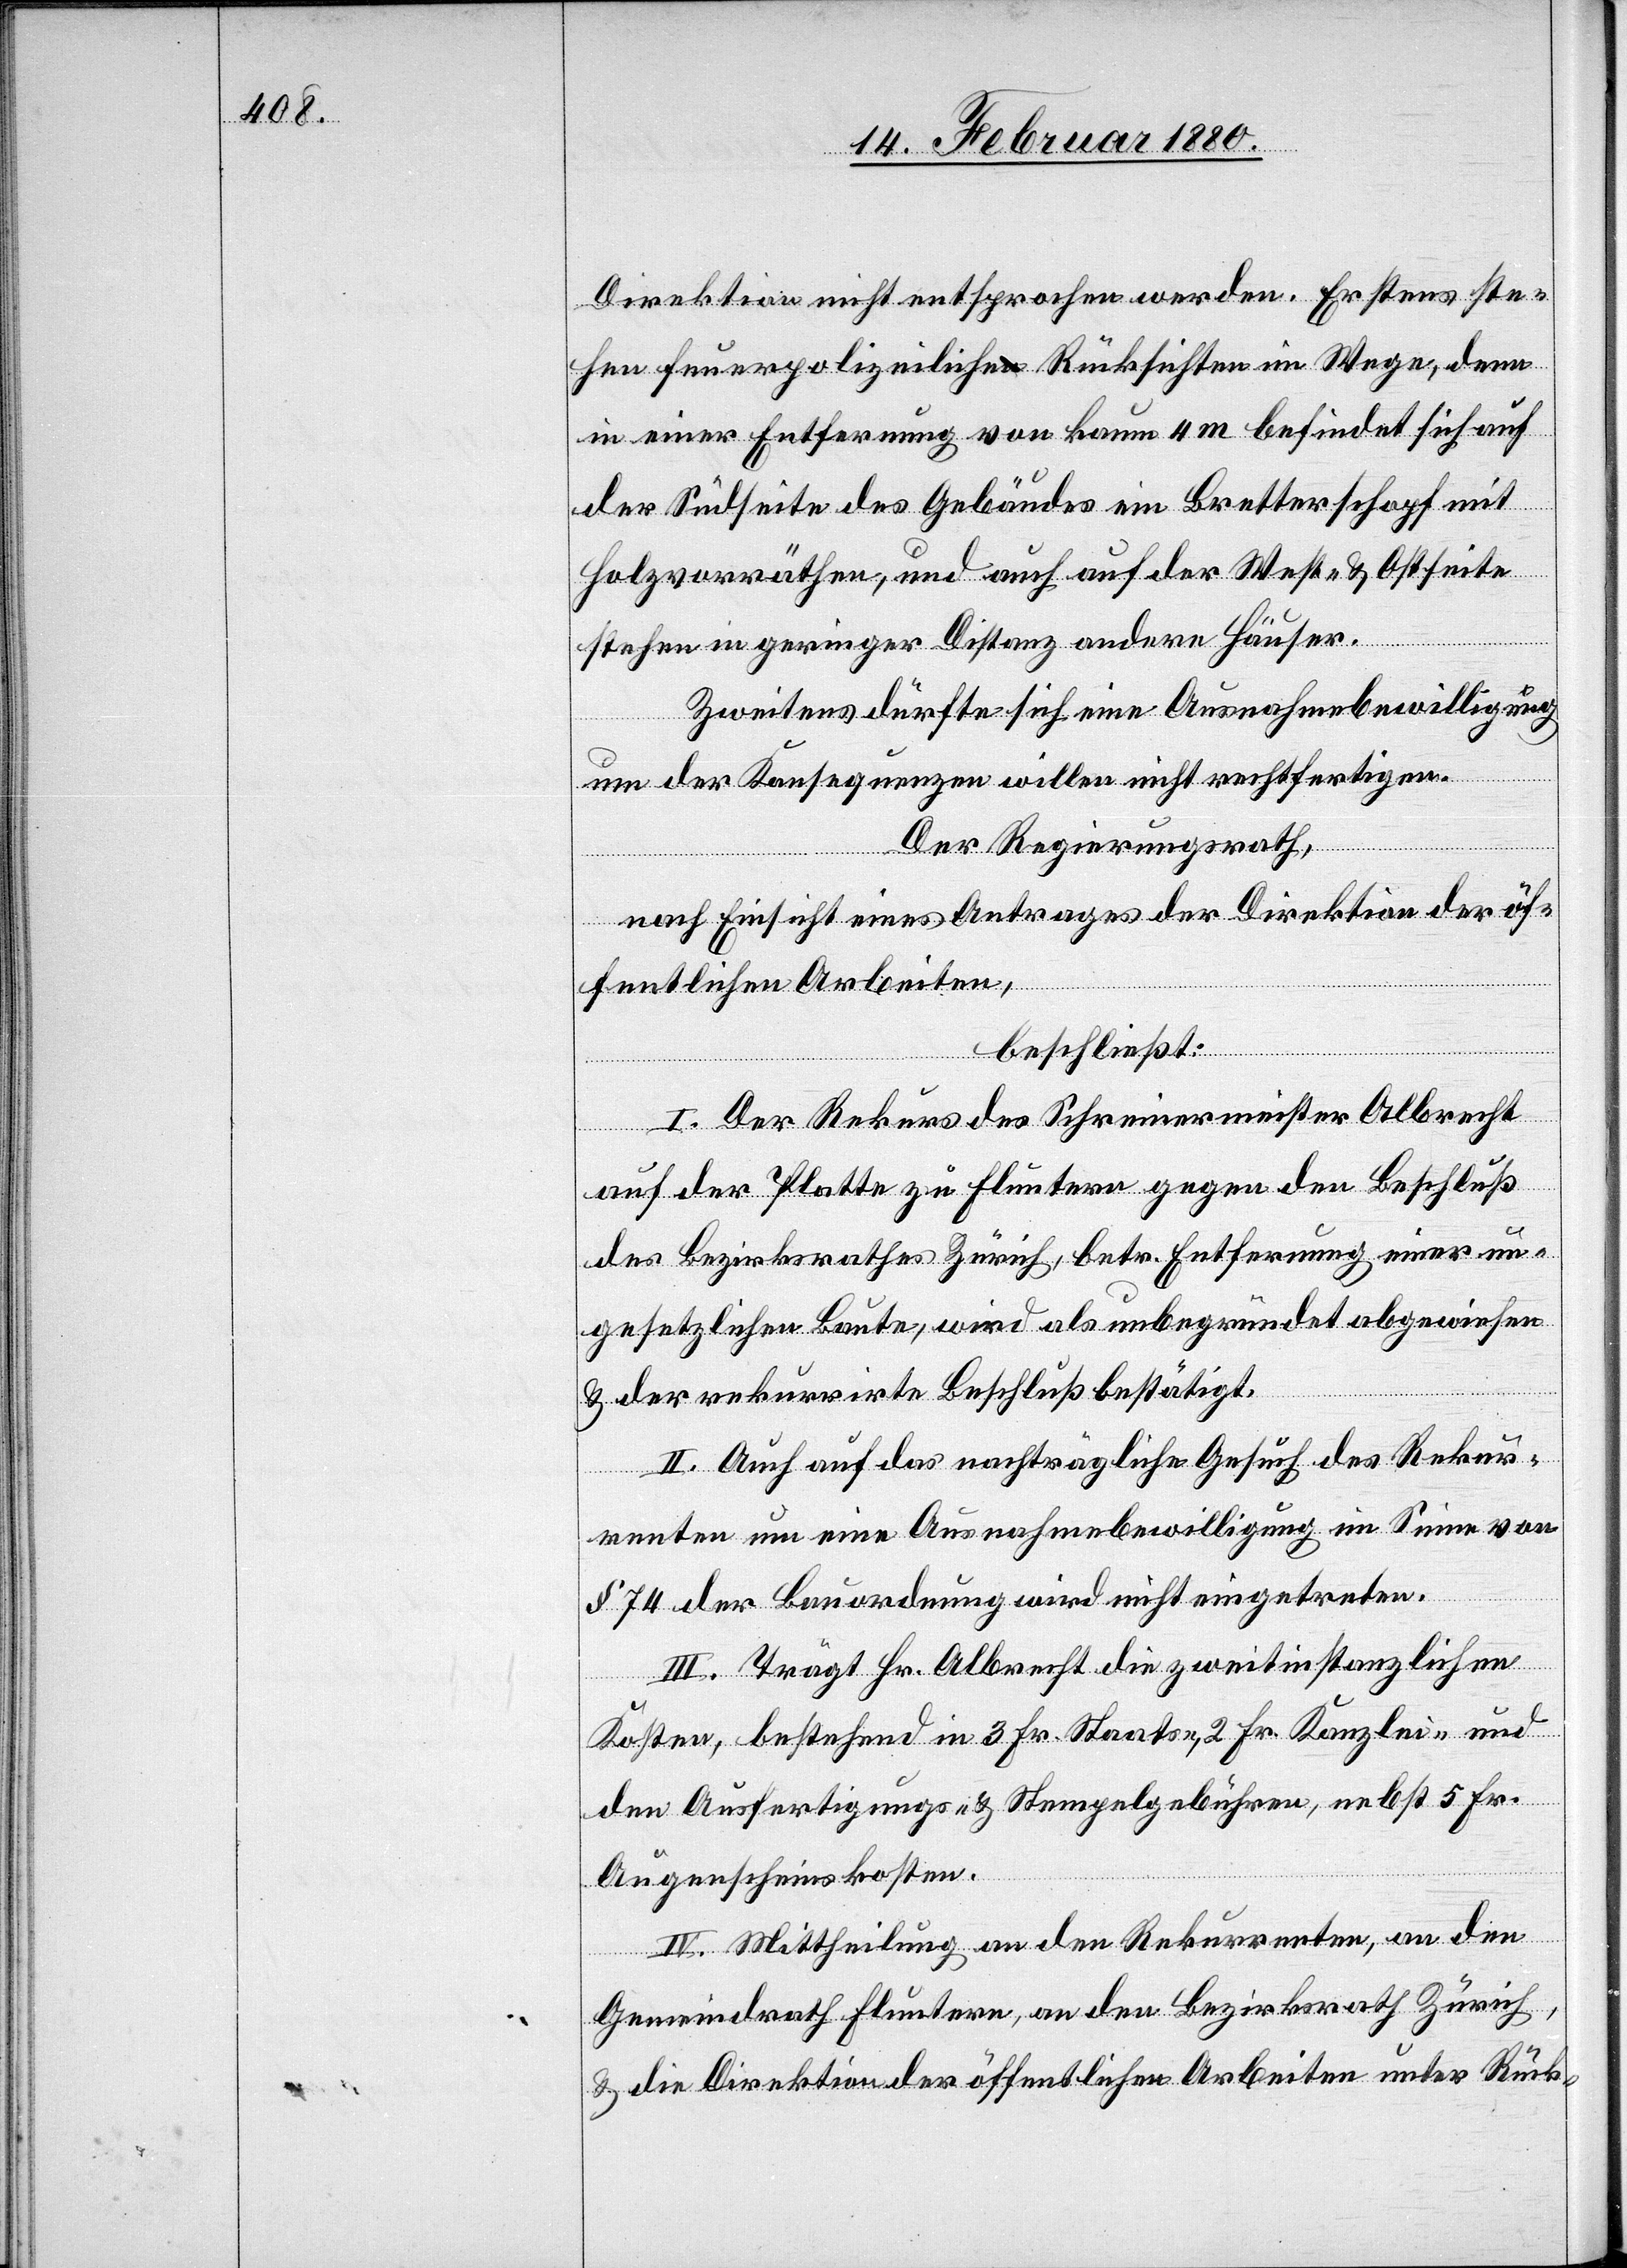
Direktion nicht entsprochen werden. Erstens ste¬
hen feuerpolizeiliche Rücksichten im Wege, denn
in einer Entfernung von kaum 4 m befindet sich auf
der Südseite des Gebäudes ein Bretterschopf mit
Holzvorräthen, und auch auf der West- & Ostseite
stehen in geringer Distanz andere Häuser.
Zweitens dürfte sich eine Ausnahmebewilligung
um der Konsequenzen willen nicht rechtfertigen.
Der Regierungsrath,
nach Einsicht eines Antrages der Direktion der öf¬
fentlichen Arbeiten,
beschließt:
I. Der Rekurs des Schreinermeister Albrecht
auf der Platte zu Fluntern gegen den Beschluß
des Bezirksrathes Zürich, betr. Entfernung einer un¬
gesetzlichen Baute, wird als unbegründet abgewiesen
& der rekurrirte Beschluß bestätigt.
II. Auch auf das nachträgliche Gesuch des Rekur¬
renten um eine Ausnahmsbewilligung im Sinne von
§ 74 der Bauordnung wird nicht eingetreten.
III. Trägt Hr. Albrecht die zweitinstanzlichen
Kosten, bestehend in 3 Fr. Staats-, 2 Fr. Kanzlei und
den Ausfertigungs- & Stempelgebühren, nebst 5 Fr.
Augenscheinskosten.
IV. Mittheilung an den Rekurrenten, an den
Gemeindrath Fluntern, an den Bezirksrath Zürich,
& die Direktion der öffentlichen Arbeiten unter Rück-